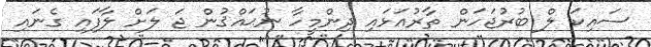
ސައިކަ ލް ބުރުޖަހަން ތާރުއަޅައި ދިންމީހާ ނުޙައްޤުން ޖަ ލަށް ލާފައި ގެނައި